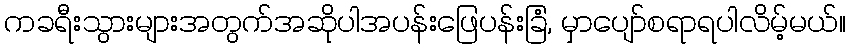
ကခရီးသွားများအတွက်အဆိုပါအပန်းဖြေပန်းခြံ, မှာပျော်စရာရပါလိမ့်မယ်။